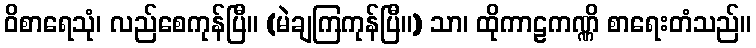
ဝိစာရေသုံ၊ လည်စေကုန်ပြီ။ (မဲချကြကုန်ပြီ။) သာ၊ ထိုကာဠကဏ္ဏိ စာရေးတံသည်။